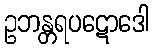
ဥဘန္တရပဋောဒေါ